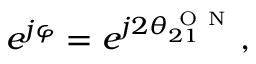
e ^ { j \varphi } = e ^ { j 2 \theta _ { 2 1 } ^ { \mathrm { ~ O ~ N ~ } } } ,